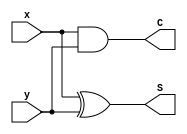
module halfadder(S,C,x,y);
//S = sum
//C = carry

input x,y;
output S,C;

xor x1 (S,x,y);
and a1 (C,x,y);

endmodule